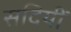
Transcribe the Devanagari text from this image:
सदियीं